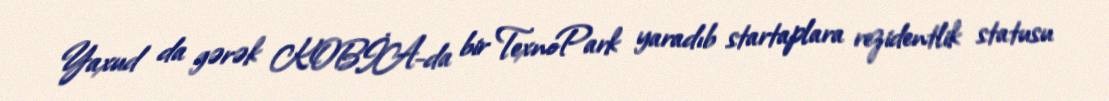
Yaxud da gərək KOBİA-da bir TexnoPark yaradıb startaplara rezidentlik statusu